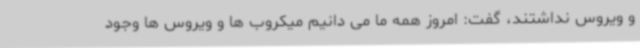
و ویروس نداشتند، گفت: امروز همه ما می دانیم میکروب ها و ویروس ها وجود